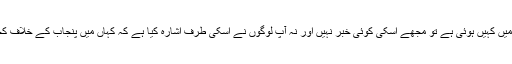
اور اگر انجانے میں کہیں ہوئی ہے تو مجھے اسکی کوئی خبر نہیں اور نہ آپ لوگوں نے اسکی طرف اشارہ کیا ہے کہ کہاں میں پنجاب کے خلاف کچھ لکھ گئی ہوں۔